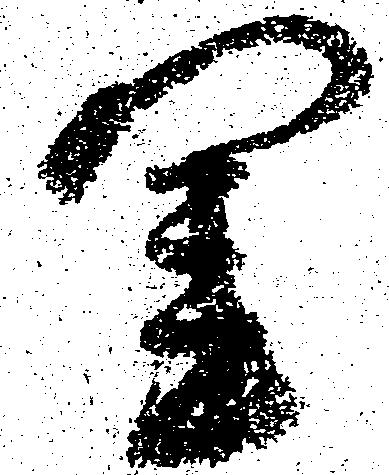
閨